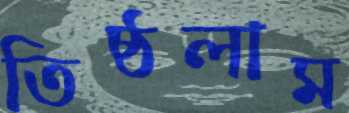
তিষ্ঠলাম